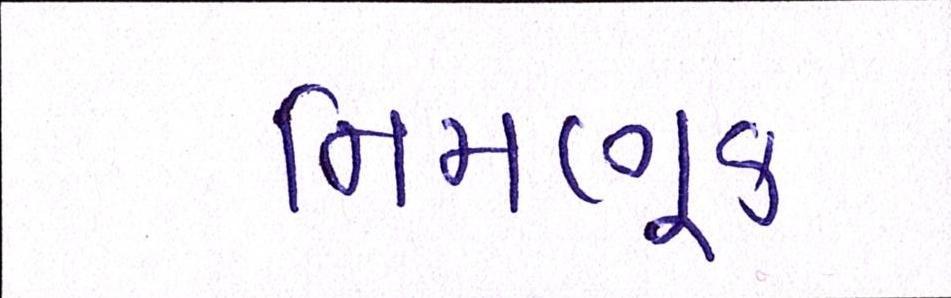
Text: નિમણૂક